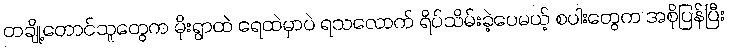
တချို့တောင်သူတွေက မိုးရွာထဲ ရေထဲမှာပဲ ရသလောက် ရိပ်သိမ်းခဲ့ပေမယ့် စပါးတွေက အစိုပြန်ပြီး